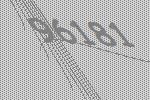
96181